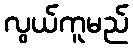
လွယ်ကူမည်